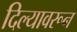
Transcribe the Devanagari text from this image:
दिल्यावरून